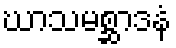
ဃာသမစ္ဆာဒနံ